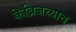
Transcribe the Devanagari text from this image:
केंब्रिजच्याच